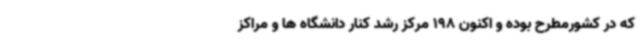
که در کشورمطرح بوده و اکنون 198 مرکز رشد کنار دانشگاه ها و مراکز